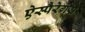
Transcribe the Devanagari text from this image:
ऐस्पैरेगस